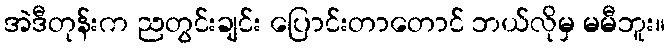
အဲဒီတုန်းက ညတွင်းချင်း ပြောင်းတာတောင် ဘယ်လိုမှ မမီဘူး။